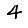
Digit: 4